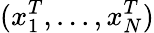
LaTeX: (x_{1}^{T},...,x_{N}^{T})